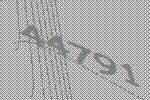
44791